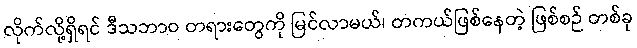
လိုက်လို့ရှိရင် ဒီသဘာဝ တရားတွေကို မြင်လာမယ်၊ တကယ်ဖြစ်နေတဲ့ ဖြစ်စဉ် တစ်ခု